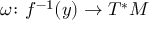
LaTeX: \omega \colon f ^ { - 1 } ( y ) \to T ^ { * } M